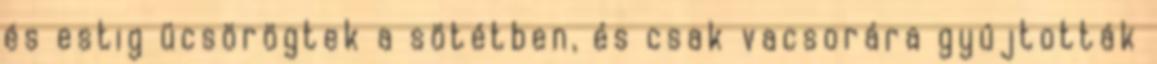
és estig ücsörögtek a sötétben, és csak vacsorára gyújtották